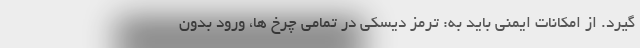
گیرد. از امکانات ایمنی باید به: ترمز دیسکی در تمامی چرخ ها، ورود بدون